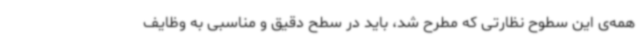
همه‌ی این سطوح نظارتی که مطرح شد، باید در سطح دقیق و مناسبی به وظایف